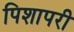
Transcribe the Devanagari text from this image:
पिशापरी